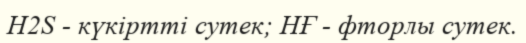
H2S - күкіртті сутек; НҒ - фторлы сутек.